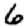
Digit: 6